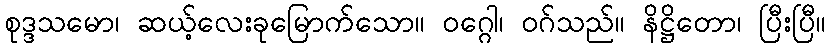
စုဒ္ဒသမော၊ ဆယ့်လေးခုမြောက်သော။ ဝဂ္ဂေါ၊ ဝဂ်သည်။ နိဋ္ဌိတော၊ ပြီးပြီ။